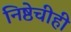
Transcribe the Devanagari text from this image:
निष्ठेचीही